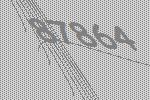
87864